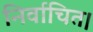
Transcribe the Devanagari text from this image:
निर्वाचित।